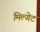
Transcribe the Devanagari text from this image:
मिल्गेट